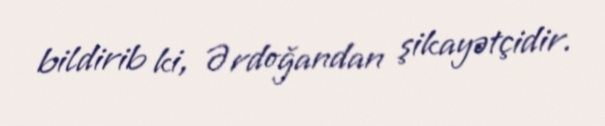
bildirib ki, Ərdoğandan şikayətçidir.